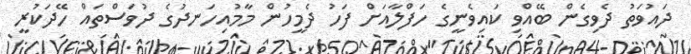
ދައުވަތު ދެވިގެން ބޭއްވި ކައިވެނީގެ ހަފްލާއަށް ފަހު ދެމީހުން މާމުއިހަނދުގެ ދުވަސްތައް ހޭދަކުރީ